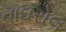
વાઘરોલ